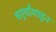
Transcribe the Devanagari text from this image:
चतुर्थांशाहून